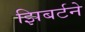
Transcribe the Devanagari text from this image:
झिबर्टने